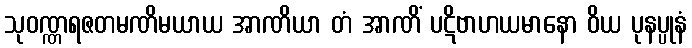
သုဝဏ္ဏရဇတမဏိမယာယ အာဏိယာ တံ အာဏိံ ပဋိဗာဟယမာနော ဝိယ ပုနပ္ပုနံ